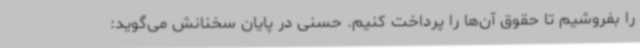
را بفروشیم تا حقوق آن‌ها را پرداخت کنیم. حسنی در پایان سخنانش می‌گوید: